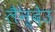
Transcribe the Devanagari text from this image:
लैन्देउ